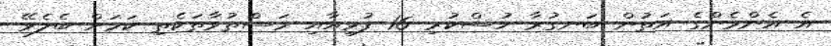
އެ އެންމެންގެ އަތުން ބަނގުރާ ހުސްކުރި 16 ފުޅިއާއި މަސްތުވާތަކެތި ކަމަށް ބެލެވޭ